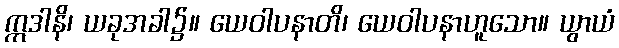
ဣဒါနိ၊ ယခုအခါ၌။ ယေဝါပနာတိ၊ ယေဝါပနာဟူသော။ ယွာယံ